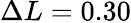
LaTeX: \Delta L=0.30